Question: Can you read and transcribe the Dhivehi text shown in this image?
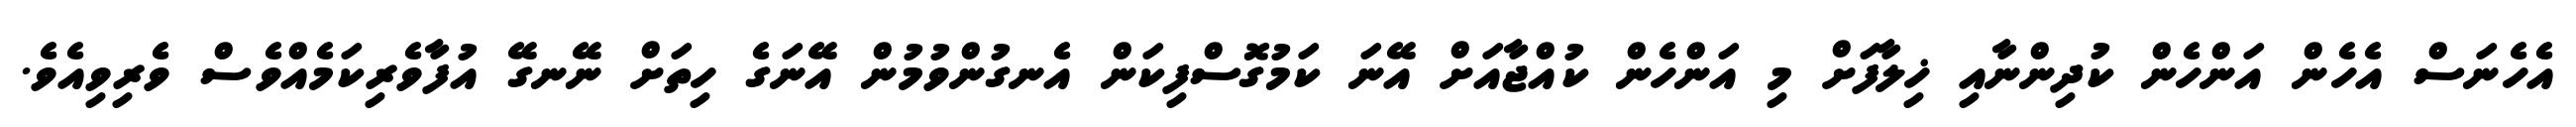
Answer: އެހެނަސް އެހެން އަންހެން ކުދިންނާއި ޚިލާފަށް މި އަންހެން ކުއްޖާއަށް އޭނަ ކަމުގޮސްފިކަން އެނގުންވުމުން އޭނަގެ ހިތަށް ނޭނގޭ އުފާވެރިކަމެއްވެސް ވެރިވިއެވެ.